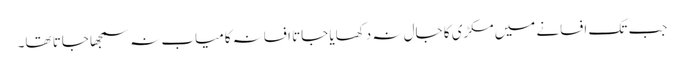
جب تک افسانے میں مکڑی کا جال نہ دکھایا جاتا افسانہ کامیاب نہ سمجھا جاتا تھا۔